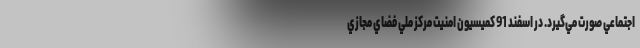
اجتماعي صورت مي‌گيرد. در اسفند 91 كميسيون امنيت مركز ملي فضاي مجازي